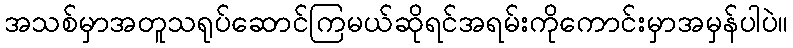
အသစ်မှာအတူသရုပ်ဆောင်ကြမယ်ဆိုရင်အရမ်းကိုကောင်းမှာအမှန်ပါပဲ။